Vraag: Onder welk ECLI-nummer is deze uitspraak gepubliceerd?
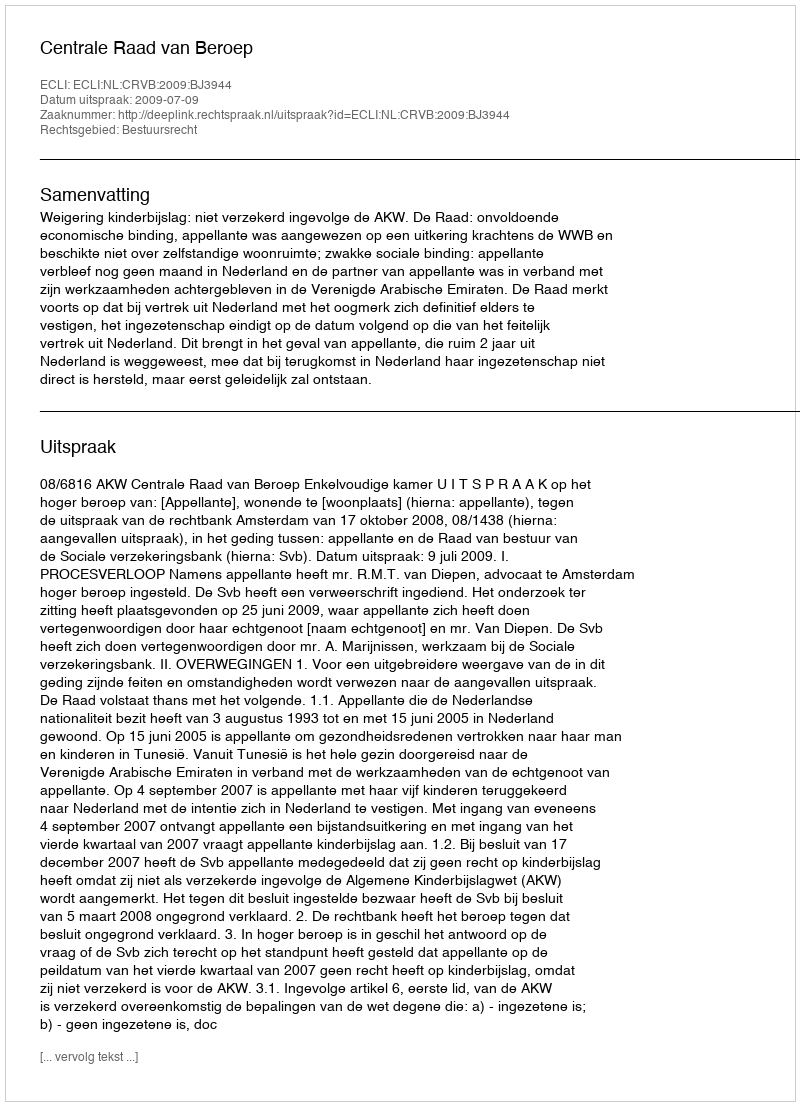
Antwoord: ECLI:NL:CRVB:2009:BJ3944